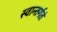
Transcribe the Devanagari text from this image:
स्वान्तर्गतं